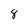
Character: 8